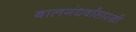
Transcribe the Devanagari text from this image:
बालगंधर्वांसारखी